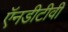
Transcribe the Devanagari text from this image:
ऍनडीटीवी